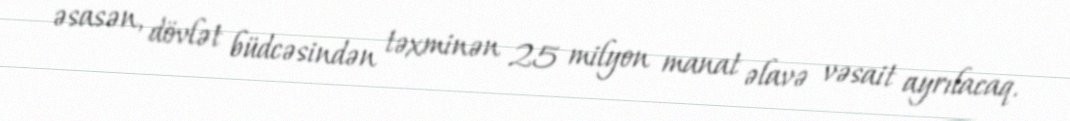
əsasən, dövlət büdcəsindən təxminən 25 milyon manat əlavə vəsait ayrılacaq.